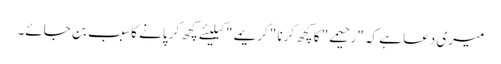
میری دعا ہے کہ "رحیمے" کا کچھ کرنا "کریمے" کیلیئے کچھ کر پانے کا سبب بن جائے۔